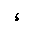
Letter: _hamza